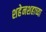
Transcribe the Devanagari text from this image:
शहेनशहाच्या